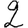
Digit: 2